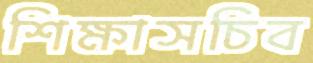
শিক্ষাসচিব